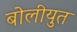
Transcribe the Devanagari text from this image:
बोलीयुत